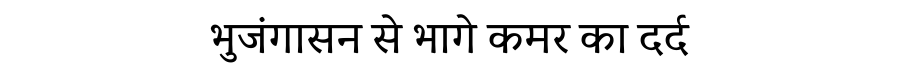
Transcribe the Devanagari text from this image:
भुजंगासन से भागे कमर का दर्द